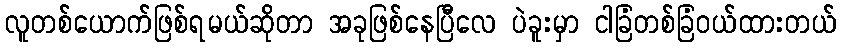
လူတစ်ယောက်ဖြစ်ရမယ်ဆိုတာ အခုဖြစ်နေပြီလေ ပဲခူးမှာ ငါခြံတစ်ခြံဝယ်ထားတယ်